Leaving Certificate Examination, 1911. Written examination, 1911
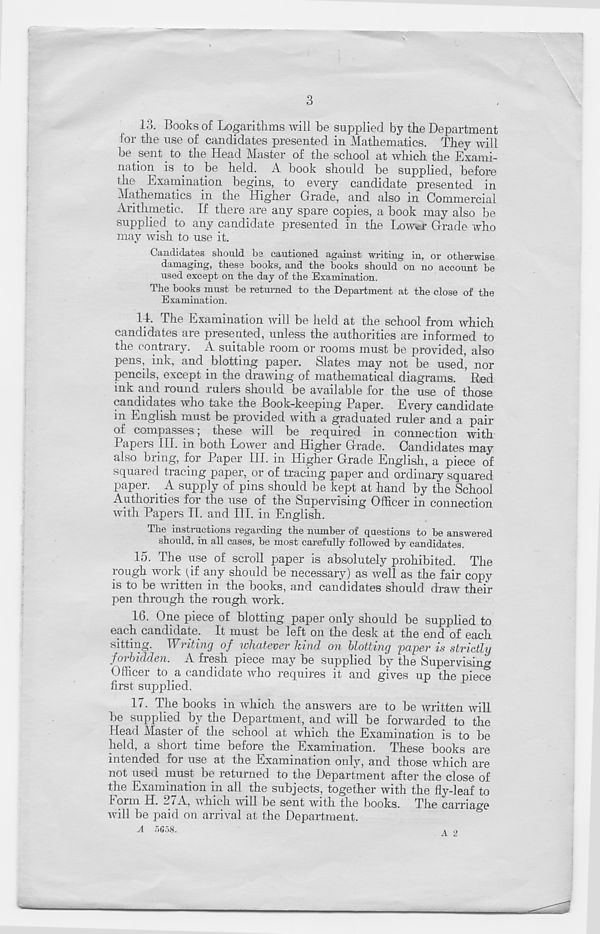
3
13. Books of Logarithms will be supplied by the Department
Cor the use of candidates presented in Mathematics. They will
be sent to the Head Master of the school at which the Exami-
nation is to be held. A book should be supplied, before
the Examination begins, to every candidate presented in
Mathematics in the Higher Grade, and also in Commercial
Arithmetic. If there are any spare copies, a book may also be
supplied to any candidate presented in the Lower Grade who
may wish to use it.
Candidates should be cautioned against writing in, or otherwise
damaging, these books, and the books should on no account be
used except on the day of the Examination.
The books must be returned to the Department at the close of the
Examination.
11. The Examination will be held at the school from which
candidates are presented, unless the authorities are informed to
the contrary. A suitable room or rooms must be provided, also
pens, ink, and blotting paper. Slates may not be used’, nor
pencils, except in the drawing of mathematical diagrams. ’ Red
ink and round rulers should be available for the use of those
candidates who take the Book-keeping Paper. Every candidate
in English must be provided with a graduated ruler and a pair
of compasses; these will be required in connection with
Papers III. in both Lower and Higher Grade. Candidates may
also bring, for Paper III. in Higher Grade English, a piece of
squared tracing paper, or of tracing paper and ordinary squared
paper. A supply of pins should be kept at hand by the School
Authorities for the use of the Supervising Officer in connection
with Papers TI. and III. in English.
The instructions regarding the number of questions to be answered
should, in all cases, be most carefully followed by candidates.
15. The iise of scroll paper is absolutely prohibited. The
rough work (.if any should be necessary) as well as the fair copy
is to be written in the books, and candidates should draw their
pen through the rough work.
lb. One piece of blotting paper only should be supplied to
each candidate. It must be left on the desk at the end of each
sitting. Writing of whatever kind on blotting paper is strictly
forbidden. A fresh piece may be supplied by the Supervising
Officer to a candidate who requires it and gives up the piece
first supplied.
17. The books in which the answers are to be written will
be supplied by the Department, and will be forwarded to the
Head Master of the school at which the Examination is to be
held, a short time before the Examination. These books are
intended for use at the Examination only, and those which are
not used must be returned to the Department after the close of
the Examination in all the subjects, together with the fly-leaf to
Form H. 27A, which will be sent with the books. The carriage
will be paid on arrival at the Department.
A 5658.
A o